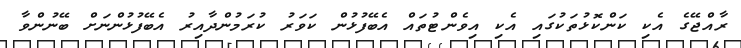
ރާއްޖޭގެ އެކި ކަންކޮޅުތަކުގައި އެކި އިވެންޓުތައް އެބޭފުޅުން ކަވަރު ކުރަމުންދާއިރު އެބޭފުޅުންނަށް ބޭނުންވާ